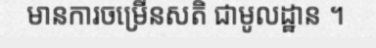
មានការចម្រើនសតិ ជាមូលដ្ឋាន ។